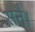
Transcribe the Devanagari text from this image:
सनै।